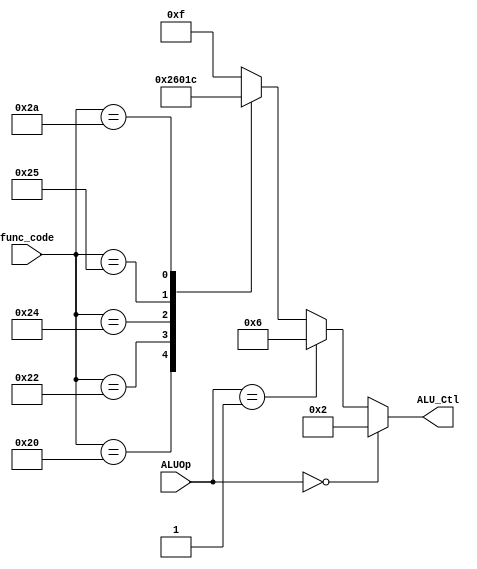
module ALUControl (
	input [1:0] ALUOp, //from CU
	input [5:0] func_code,  // 5:0
	output reg [3:0] ALU_Ctl // to ALU 
);

	always @(ALUOp, func_code) begin
	if(ALUOp == 0)
		ALU_Ctl = 2;    //LW and SW use add
	else if(ALUOp == 1)
		ALU_Ctl = 6;		// branch if equal implemented by substract both inputs
	else
		case(func_code)
			//pag. 317
			32: ALU_Ctl = 2; //add
			34: ALU_Ctl = 6; //subtract		
			36: ALU_Ctl = 0; //AND	
			37: ALU_Ctl = 1; //OR				
			42: ALU_Ctl = 12; //slt
			default: ALU_Ctl = 4'hf; 
		endcase
	end
endmodule

/* fields R-type:
op
31-26
rs
25-21
rt
20-16
rd
15-11
sa
10-6
fn
5-0
*/